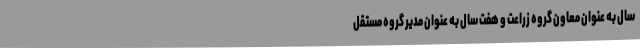
سال به عنوان معاون گروه زراعت و هفت سال به عنوان مدیر گروه مستقل